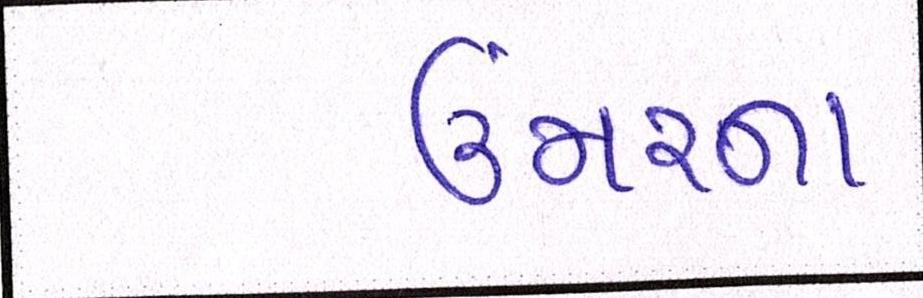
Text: ઉંમરના